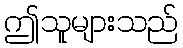
ဤသူများသည်